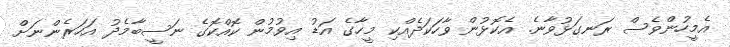
އެމީހުންވެސް ރަނގަޅުވާނެ. އެކޮޅުން ވާހަކަދެއްކި މީހާގެ އަޑު އިވުމުން ކޮއްކޮގެ ނަސީބާމެދު އަހަރެންނަށް